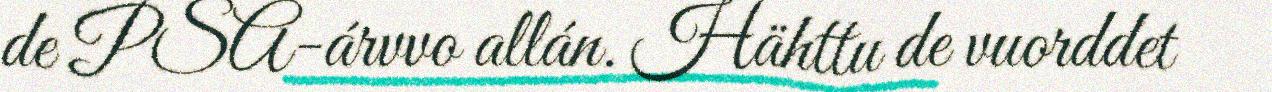
de PSA-árvvo allán. Hähttu de vuorddet